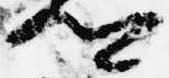
卿